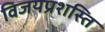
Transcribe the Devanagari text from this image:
विजयप्रशस्ति